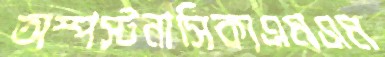
অস্পস্টনাসিক্যএমএম